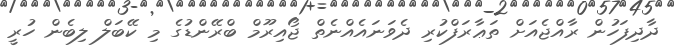
ދާދިފަހުން ރާއްޖެއަށް ތަޢާރަފްކުރި ދެވަނައެއްނެތް ޖޯއިރޫމް ބްރޭންޑުގެ މި ކޭބަލް ލިބެން ހުރީ